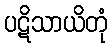
ပဋိသာယိတုံ